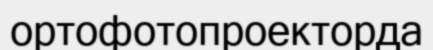
ортофотопроекторда